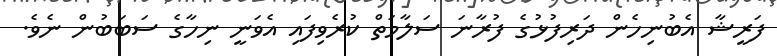
ފަރީޝާ އެބުނިހެން ދަރިފުޅުގެ ފުރާނަ ސަލާމަތް ކުރެވިފައި އެވަނީ ނިހާގެ ސަބަބުން ނެވެ.